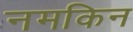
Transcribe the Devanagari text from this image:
नमकिन